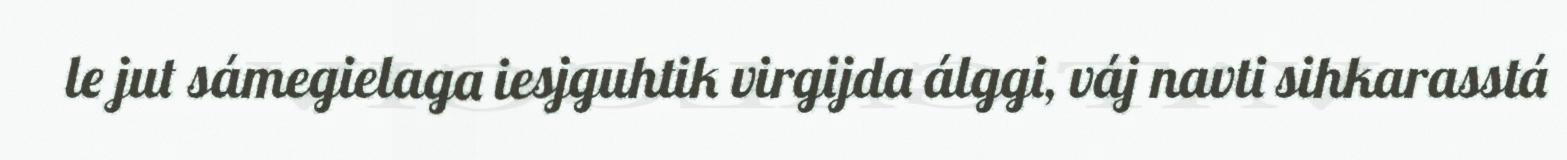
le jut sámegielaga iesjguhtik virgijda álggi, váj navti sihkarasstá